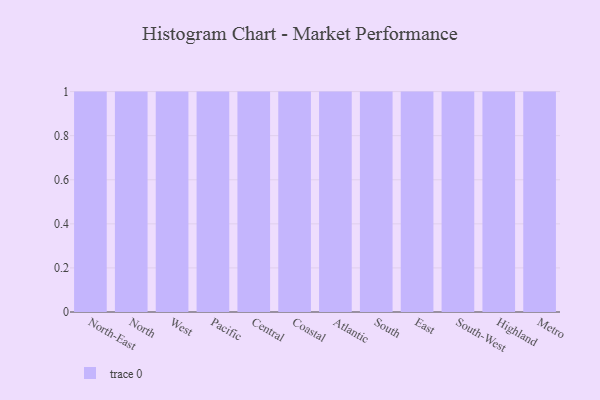
{"axis": {"x": "Region", "y": "Humidity (%)"}, "legend": [""], "data": [{"x": "North-East", "y": 32, "type": ""}, {"x": "North", "y": 99, "type": ""}, {"x": "West", "y": 98, "type": ""}, {"x": "Pacific", "y": 44, "type": ""}, {"x": "Central", "y": 14, "type": ""}, {"x": "Coastal", "y": 44, "type": ""}, {"x": "Atlantic", "y": 80, "type": ""}, {"x": "South", "y": 52, "type": ""}, {"x": "East", "y": 75, "type": ""}, {"x": "South-West", "y": 41, "type": ""}, {"x": "Highland", "y": 83, "type": ""}, {"x": "Metro", "y": 25, "type": ""}]}